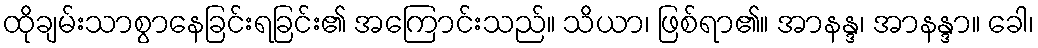
ထိုချမ်းသာစွာနေခြင်းရခြင်း၏ အကြောင်းသည်။ သိယာ၊ ဖြစ်ရာ၏။ အာနန္ဒ၊ အာနန္ဒာ။ ခေါ၊